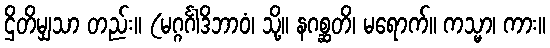
ဌိတိမျှသာ တည်း။ (မဂ္ဂင်္ဂါဒိဘာဝံ၊ သို့။ နဂစ္ဆတိ၊ မရောက်။ ကသ္မာ၊ ကား။